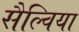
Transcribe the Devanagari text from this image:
सैल्विया